Summary of further report on surra
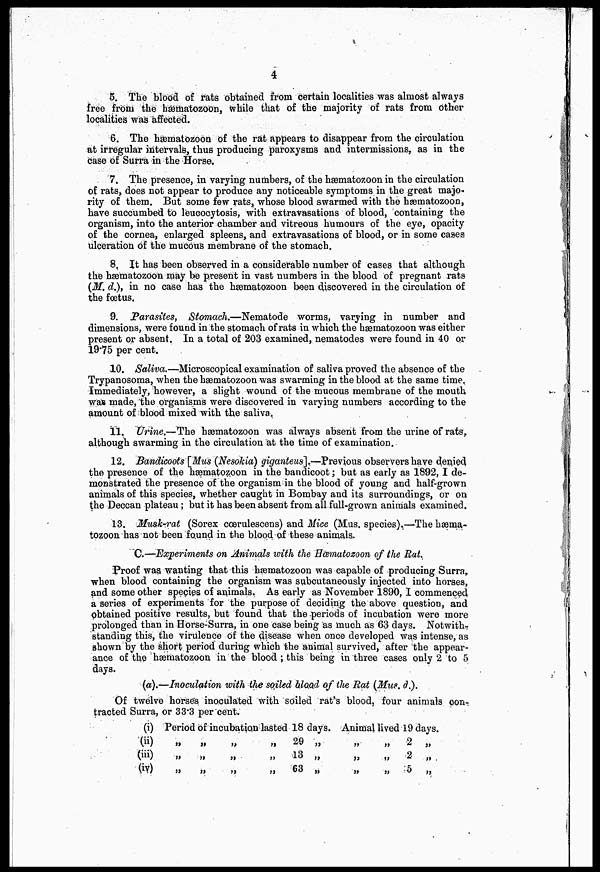
4
5. The blood of raits obtained from certain localities was almost always
free from the hæmatozoon, while that of the majority of rats from other
localities was affected.
6. The hæmatozoon of the rat appears to disappear from the circulation
at irregular intervals, thus producing paroxysms and intermissions, as in the
case of Surra in the Horse.
7. The presence, in varying numbers, of the hæmatozoon in the circulation
of rats, does not appear to produce any noticeable symptoms in the great majo-
rity of them. But some few rats, whose blood swarmed with the hæmatozoon,
have succumbed to leucocytosis, with extravasations of blood, containing the
organism, into the anterior chamber and vitreous humours of the eye, opacity
of the cornea, enlarged spleens, and extravasations of blood, or in some cases
ulceration of the mucous membrane of the stomach.
8. It has been observed in a considerable number of cases that although
the hæmatozoon may be present in vast numbers in the blood of pregnant rats
(M, d.), in no case has the hæmatozoon been discovered in the circulation of
the foetus.
9. Parasites, Stomach.—Nematode worms, varying in number and
dimensions, were found in the stomach of rats in which the hæmatozoon was either
present or absent. In a total of 203 examined, nematodes were found in 40 or
19.75 per cent.
10. Saliva.—Microscopical examination of saliva proved the absence of the
Trypanosoma, when the hæmatozoon was swarming in the blood at the same time.
Immediately, however, a slight wound of the mucous membrane of the mouth
was made, the organisms were discovered in varying numbers according to the
amount of blood mixed with the saliva,
11. Urine.—The hæmatozoon was always absent from the urine of rats,
although swarming in the circulation at the time of examination.
12. Bandicoots [Mus (Nesokia) giganteus],—Previous observers have denied
the presence of the hæmatozoon in the bandicoot; but as early as 1892, I de-
monstrated the presence of the organism in the blood of young and half-grown
animals of this species, whether caught in Bombay and its surroundings, or on
the Deccan plateau; but it has been absent from all full-grown animals examined.
13. Musk-rat (Sorex cœrulescens) and Mice (Mus. species).—The hæma-
tozoon has not been found in the blood of these animals.
C.—Experiments on Animals with the Hæmatozoon of the Rat.
Proof was wanting that this hæmatozoon was capable of producing Surra,
when blood containing the organism was subcutaneously injected into horses,
and some other species of amimals. As early as November 1890,I commenced
a series of experiments for the purpose of deciding the above question, and
obtained positive results, but found that the periods of incubation were more
prolonged than in Horse-Surra, in one case being as much as 63 days. Notwith-
standing this, the virulence of the disease when once developed was intense, as
shown by the short period during which the animal survived, after the appear-
ance of the hæmatozoon in the blood; this being in three cases only 2 to 5
days.
(a).—Inoculation with the soiled blood of the Rat (Mus. d.).
Of twelve horses inoculated with soiled rat's blood, four animals con-
tracted Surra, or 33.3 per cent.
(i)
(ii)
(in)
(iv)
Period
„
„
„
of
„
„
„
incubation
„
„
„
lasted
„
„
„
18 days.
29 „
13 „
63 „
Animal
„
„
„
lived
„
„
„
19 days.
2 „
2 „
5 „